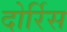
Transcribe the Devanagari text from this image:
दोर्रिस